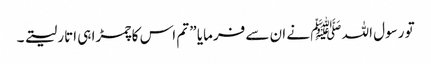
تو رسول اللہ ﷺ نے ان سے فرمایا ” تم اس کا چمڑا ہی اتار لیتے ۔